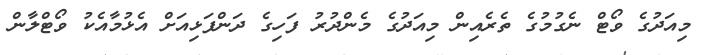
މިއަދުގެ ވޯޓް ނެގުމުގެ ތެރެއިން މިއަދުގެ މެންދުރު ފަހިގެ ދަންފަޅިއަށް އެޅުމާއެކު ވޯޓްލާން